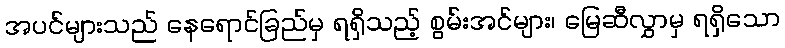
အပင်များသည် နေရောင်ခြည်မှ ရရှိသည့် စွမ်းအင်များ၊ မြေဆီလွှာမှ ရရှိသော